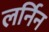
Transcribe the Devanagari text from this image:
लर्निन